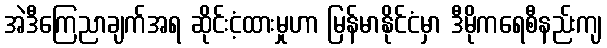
အဲဒီကြေညာချက်အရ ဆိုင်းငံ့ထားမှုဟာ မြန်မာနိုင်ငံမှာ ဒီမိုကရေစီနည်းကျ